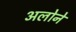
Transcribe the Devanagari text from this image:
अलोने